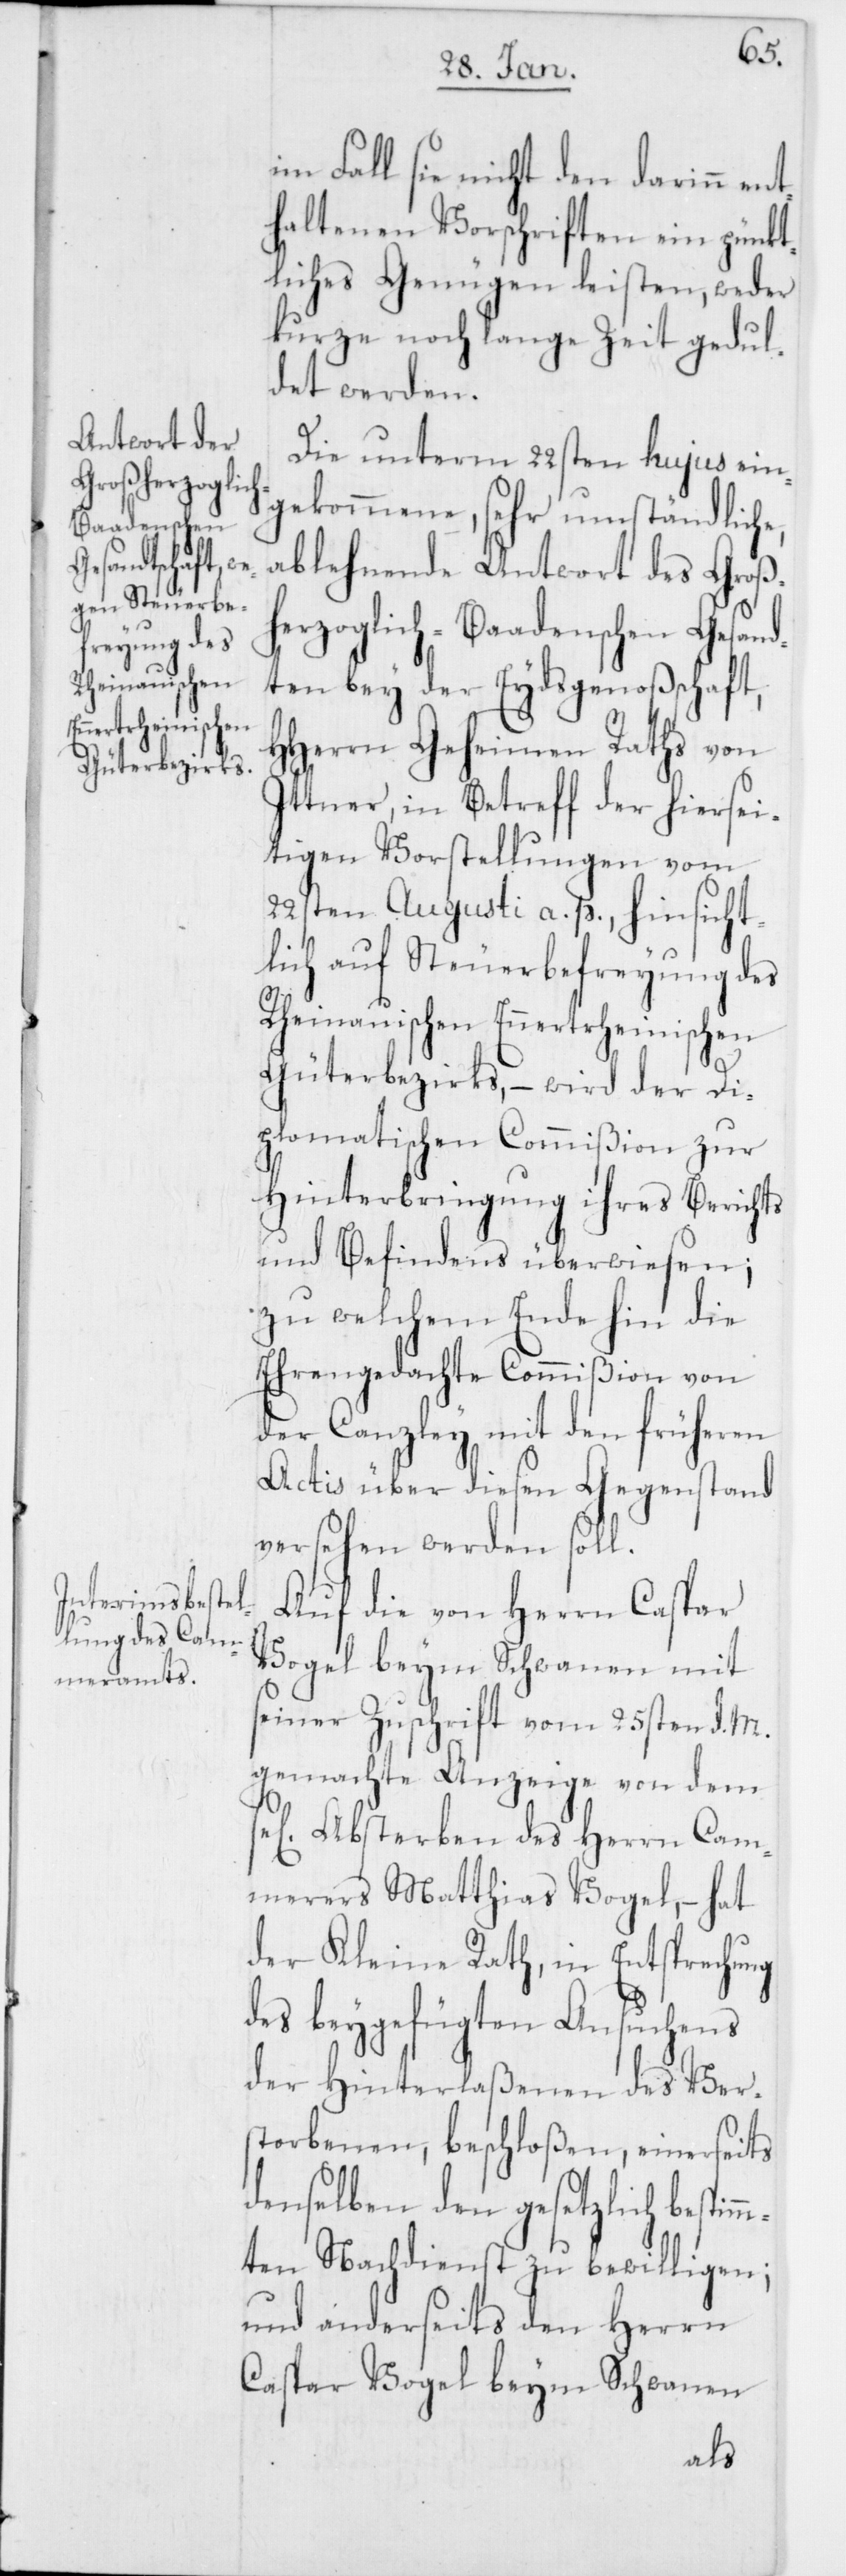
im Fall sie nicht den darinn ent¬
haltenen Vorschriften ein pünkt¬
liches Genügen leisten, weder
kurze noch lange Zeit gedul¬
det werden.
Die unterm 22sten hujus ein¬
gekommene, sehr umständliche,
ablehnende Antwort des Groß¬
erzoglich-Baadenschen Gesand¬
ten bey der Eydsgenoßschaft,
HHerrn Geheimen Raths von
Ittner, in Betreff der hiersei¬
tigen Vorstellungen vom
22sten Augusti a. p., hinsicht¬
lich auf Steuerbefreyung des
Rheinauischen Ennertrheinischen
Güterbezirks, – wird der Di¬
plomatischen Commißion zur
Hinterbringung ihres Berichts
und Befindens überwiesen;
zu welchem Ende hin die
Ehrengedachte Commißion von
der Canzley mit den früheren
Actis über diesen Gegenstand
versehen werden soll.
Auf die von Herrn Caspar
Vogel beym Schwanen mit
seiner Zuschrift vom 25sten d. M.
gemachte Anzeige von dem
Absterben des Herrn Cam¬
merers Matthias Vogel, – hat
der Kleine Rath, in Entsprechung
des beygefügten Ansuchens
der Hinterlaßenen des Ver¬
storbenen, beschloßen, einerseits
denselben den gesetzlich bestim¬
mten Nachdienst zu bewilligen;
und anderseits den Herrn
Caspar Vogel beym Schwanen